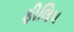
ફીલિપ